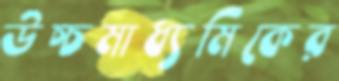
উচ্চমাধ্যমিকের